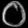
Digit: ၀